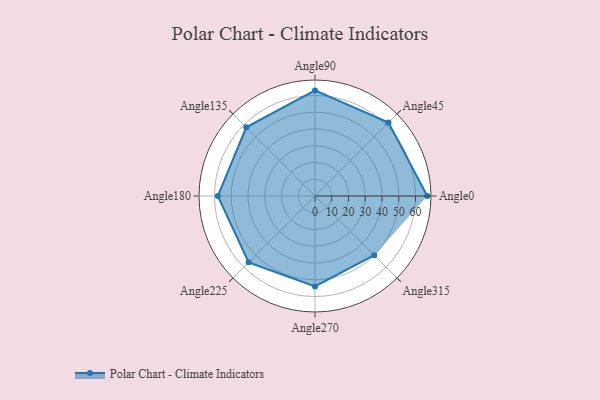
{"axis": {"x": "Angle", "y": "Radius"}, "legend": [""], "data": [{"x": "Angle0", "y": 67.0, "type": ""}, {"x": "Angle45", "y": 62.0, "type": ""}, {"x": "Angle90", "y": 63.0, "type": ""}, {"x": "Angle135", "y": 58.0, "type": ""}, {"x": "Angle180", "y": 58.0, "type": ""}, {"x": "Angle225", "y": 56.0, "type": ""}, {"x": "Angle270", "y": 54.0, "type": ""}, {"x": "Angle315", "y": 50, "type": ""}]}